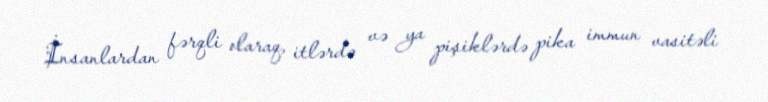
İnsanlardan fərqli olaraq, itlərdə və ya pişiklərdə pika immun vasitəli